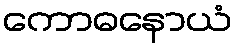
ကောဓနောယံ